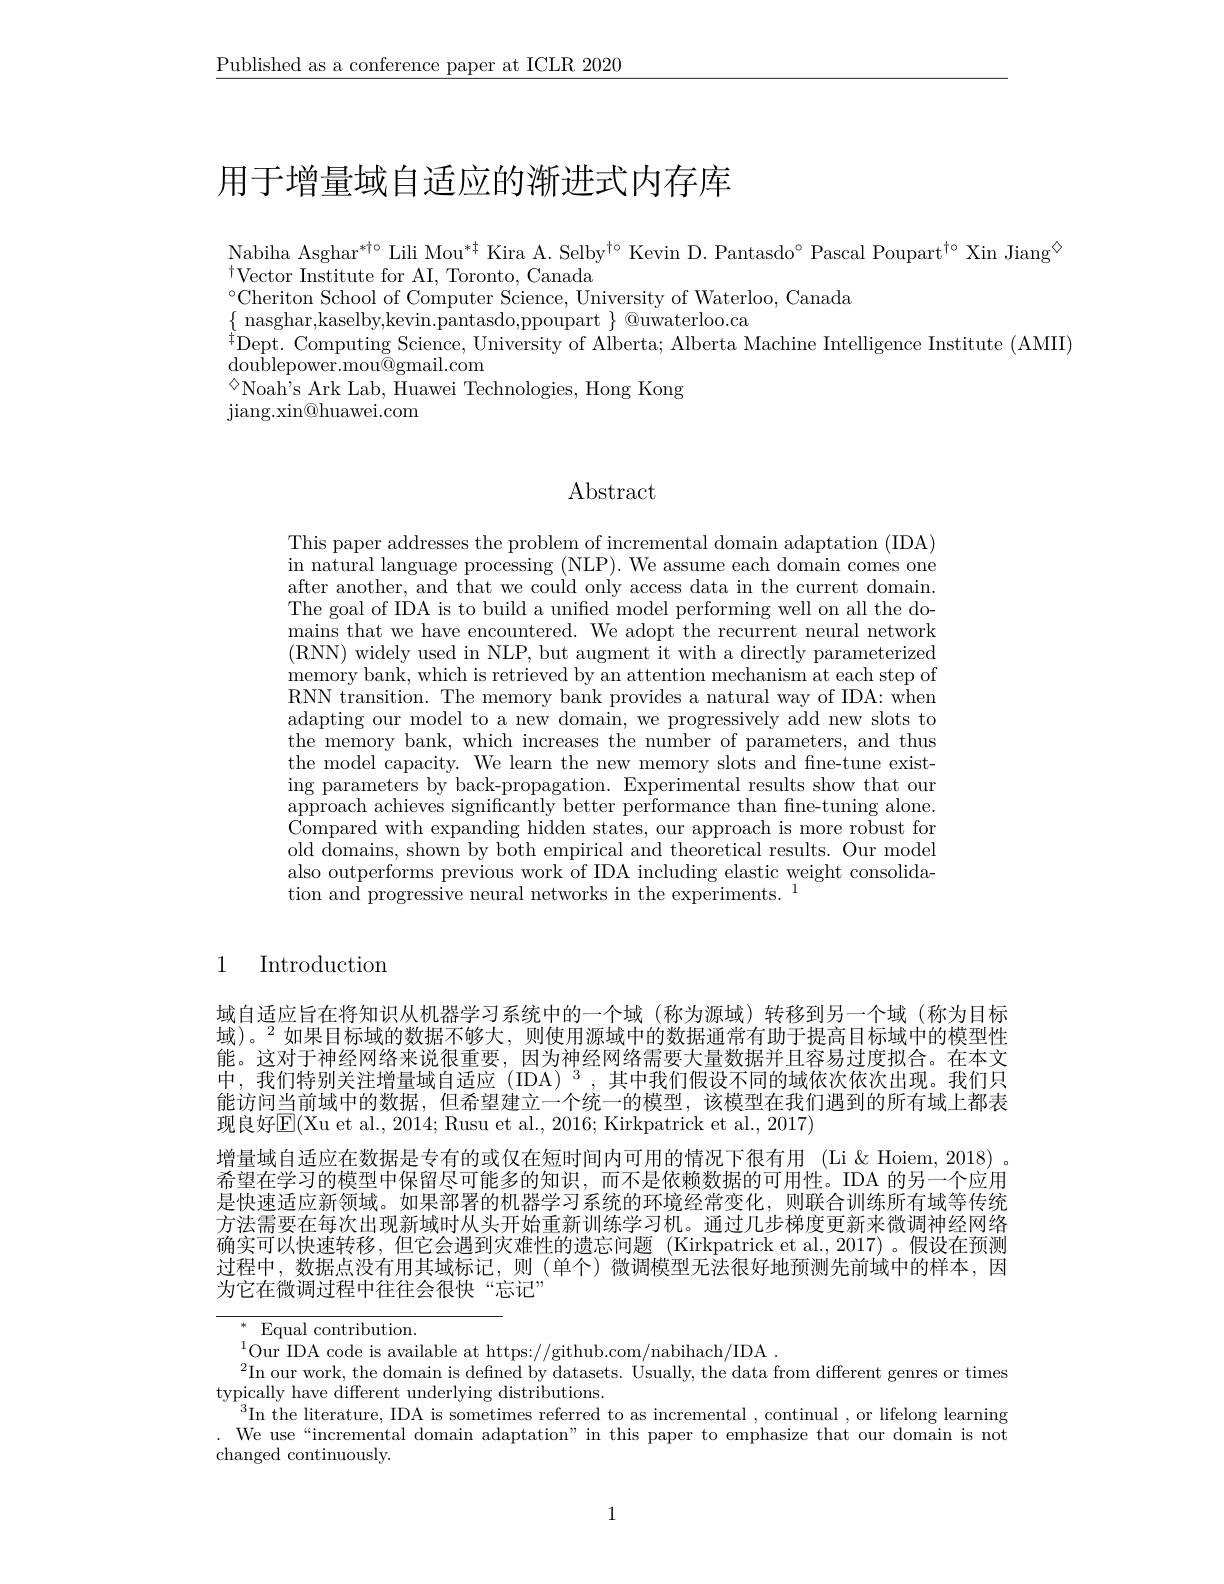
$\underline{\text{Published as a conference paper at ICLR 2020}}$

# 用于增量域自适应的渐进式内存库

Nabiha Asghar$^*\dagger\circ$ Lili Mou$^{*\dagger}$ Kira A. Selby$^{\dagger\circ}$ Kevin D. Pantasdo° Pascal Poupart$^{\dagger\circ}$ Xin Jiang$^{\textcircled{\mathrm{o}}}$
$^{\dagger}$Vector Institute for AI, Toronto, Canada
$^{\circ}$Cheriton School of Computer Science, University of Waterloo, Canada
$\{$ nasghar,kaselby,kevin.pantasdo,ppoupart $\}$ @uwaterloo.ca
 Dept. Computing Science, University of Alberta; Alberta Machine Intelligence Institute (AMIII)
${\mathrm{doublepower.mou@gmail.com}}$
$^{\textcircled{\mathrm{Noah's}}}$Ark Lab, Huawei Technologies, Hong Kong
jiang. xin@ huawei. com

## Abstract

This paper addresses the problem of incremental domain adaptation (IDA) in natural language processing (NLP). We assume each domain comes one after another, and that we could only access data in the current domain. The goal of IDA is to build a unified model performing well on all the domains that we have encountered. We adopt the recurrent neural network (RNN) widely used in NLP, but augment it with a directly parameterized memory bank, which is retrieved by an attention mechanism at each step of RNN transition. The memory bank provides a natural way of IDA: when adapting our model to a new domain, we progressively add new slots to the memory bank, which increases the number of parameters, and thus the model capacity. We learn the new memory slots and fine-tune existing parameters by back-propagation. Experimental results show that our approach achieves significantly better performance than fine-tuning alone. Compared with expanding hidden states, our approach is more robust for old $\dot{\text{domains, shown by both empirical and theoretical results. Our model}}$ also outperforms previous work of IDA including elastic weight consolidation and progressive neural networks in the experiments.

1 Introduction

域自适应旨在将知识从机器学习系统中的一个域(称为源域)转移到另一个域(称为目标域)。$^{2}$如果目标域的数据不够大，则使用源域中的数据通常有助于提高目标域中的模型性能。这对于神经网络来说很重要，因为神经网络需要大量数据并且容易过度拟合。在本文中，我们特别关注增量域自适应(IDA)$^3$,其中我们假设不同的域依次依次出现。我们只能访问当前域中的数据，但希望建立一个统一的模型，该模型在我们遇到的所有域上都表现良好$\overline{\mathrm{E}}($Xu et al., 2014; Rusu et al., 2016; Kirkpatrick et al., 2017)
增量域自适应在数据是专有的或仅在短时间内可用的情况下很有用 (Li&Hoiem, 2018) 。希望在学习的模型中保留尽可能多的知识，而不是依赖数据的可用性。IDA 的另一个应用是快速适应新领域。如果部署的机器学习系统的环境经常变化，则联合训练所有域等传统方法需要在每次出现新域时从头开始重新训练学习机。通过几步梯度更新来微调神经网络确实可以快速转移，但它会遇到灾难性的遗忘问题 (Kirkpatrick et al.,2017)。假设在预测过程中，数据点没有用其域标记，则(单个)微调模型无法很好地预测先前域中的样本，因为它在微调过程中往往会很快“忘记”

$^*$ Equal contribution.
$^{1}$Our IDA code is available at https://github.com/nabihach/IDA.
$^2$In our work, the domain is defined by datasets. Usually, the data from different genres or times
typically have different underlying distributions.
$^3$In the literature, IDA is sometimes referred to as incremental , continual , or lifelong learning We use“incremental domain adaptation”in this paper to emphasize that our domain is not changed continuously.

1